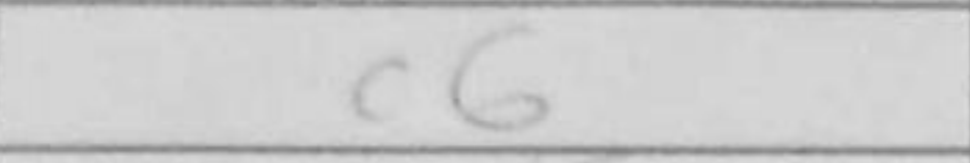
Transcription: c6